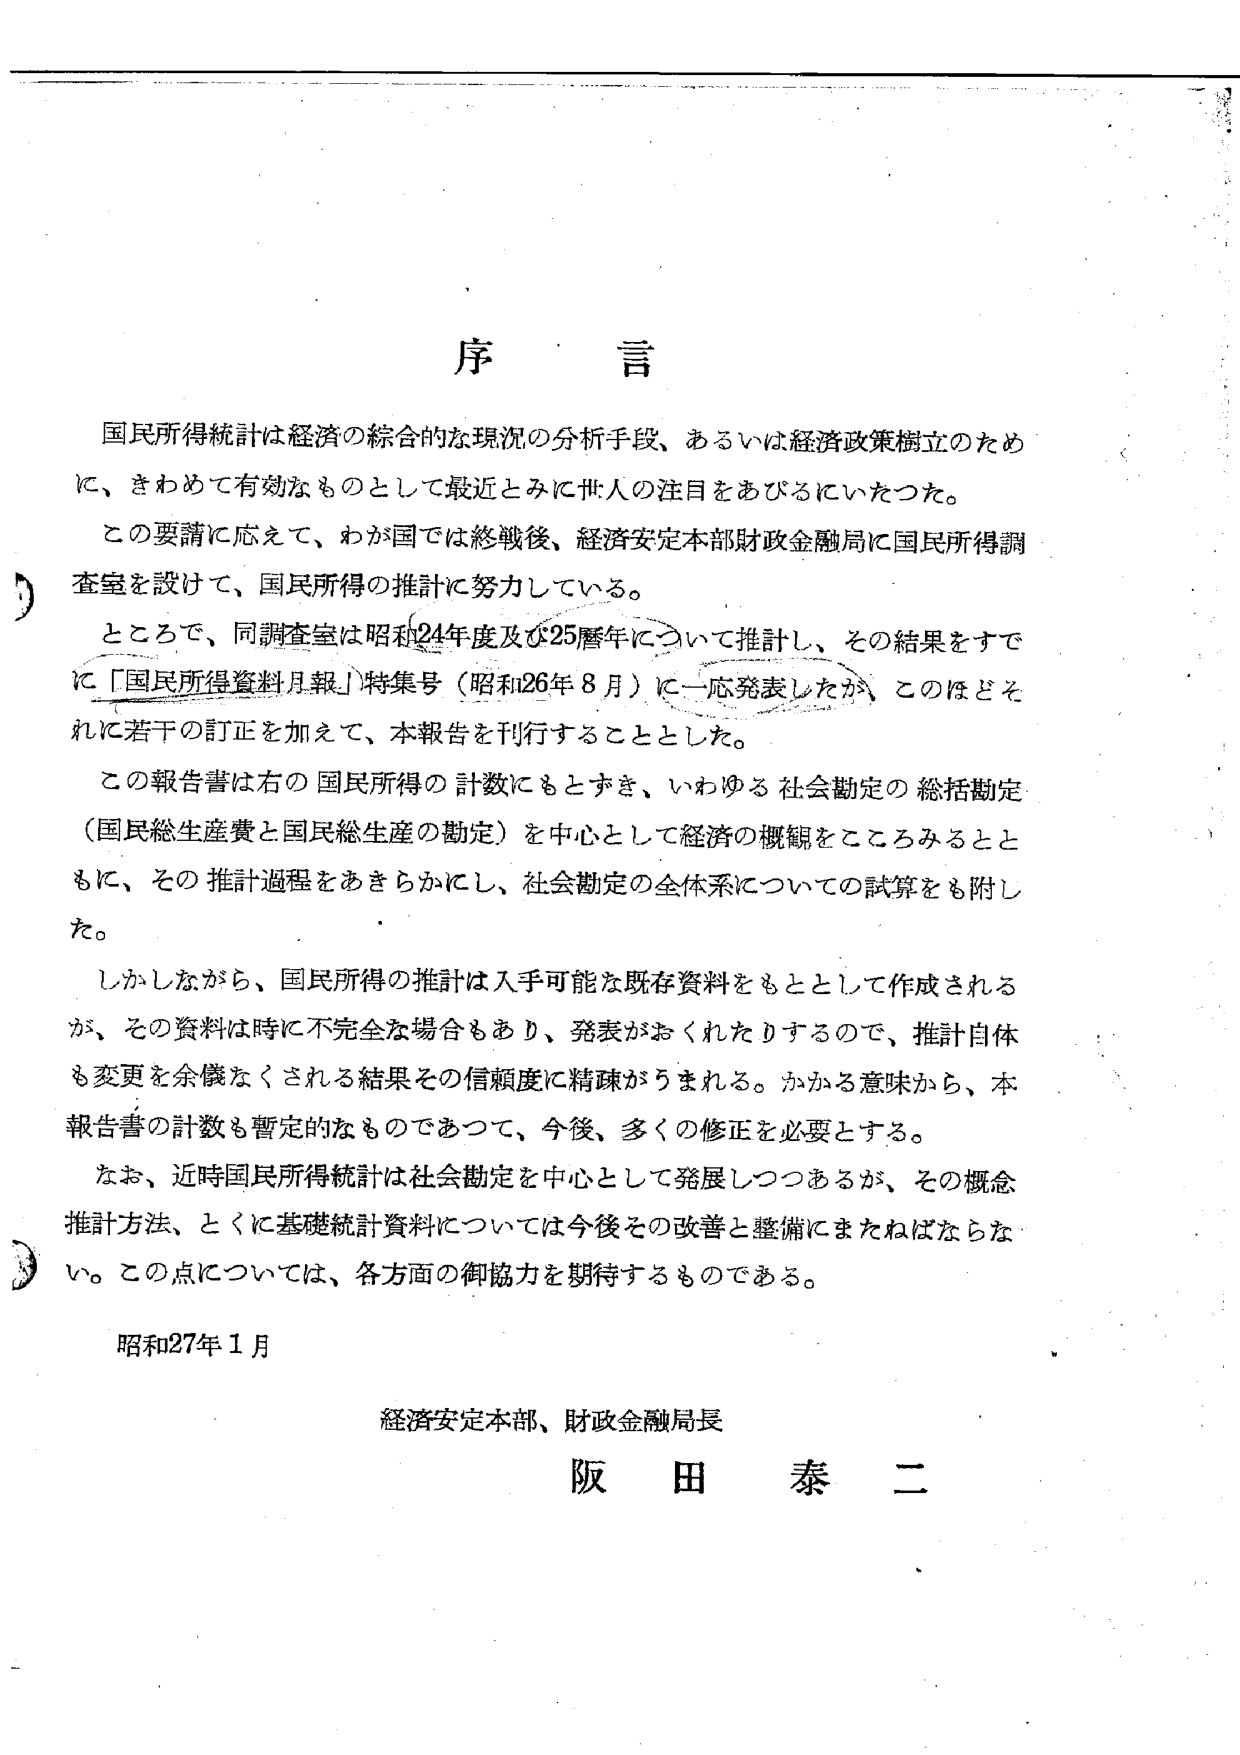
序 言

国民所得統計は経済の綜合的な現況の分析手段、あるいは経済政策樹立のため
に、きわめて有効なものとして最近とみに世人の注目をあびるにいたつた。

この要請に応えて、わが国では終戦後、経済安定本部財政金融局に国民所得調
査室を設けて、国民所得の推計に努力している。

ところで、同調査室は昭和24年度及び25暦年について推計し、その結果をすで
に「国民所得資料月報」特集号（昭和26年8月）に一応発表したが、このほどそ
れに若干の訂正を加えて、本報告を刊行することとした。

この報告書は右の国民所得の計数にもとづき、いわゆる社会勘定の総括勘定
（国民総生産費と国民総生産の勘定）を中心として経済の概観をこころみるとと
もに、その推計過程をあきらかにし、社会勘定の全体系についての試算をも附し
た。

しかしながら、国民所得の推計は入手可能な既存資料をもととして作成される
が、その資料は時に不完全な場合もあり、発表がおくれたりするので、推計自体
も変更を余儀なくされる結果その信頼度に精疎がうまれる。かかる意味から、本
報告書の計数も暫定的なものであつて、今後、多くの修正を必要とする。

なお、近時国民所得統計は社会勘定を中心として発展しつつあるが、その概念
推計方法、とくに基礎統計資料については今後その改善と整備にまたねばならな
い。この点については、各方面の御協力を期待するものである。

昭和27年1月

経済安定本部、財政金融局長
阪 田 泰 二